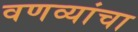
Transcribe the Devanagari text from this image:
वणव्यांचा